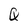
Character: Q